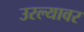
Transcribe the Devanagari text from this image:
उरल्यावर